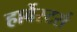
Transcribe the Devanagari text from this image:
हार्वेस्टर्स